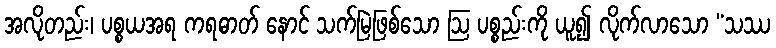
အလိုတည်း၊ ပစ္စယအရ ကရဓာတ် နောင် သက်မြဲဖြစ်သော ဩ ပစ္စည်းကို ယူ၍ လိုက်လာသော “သဿ